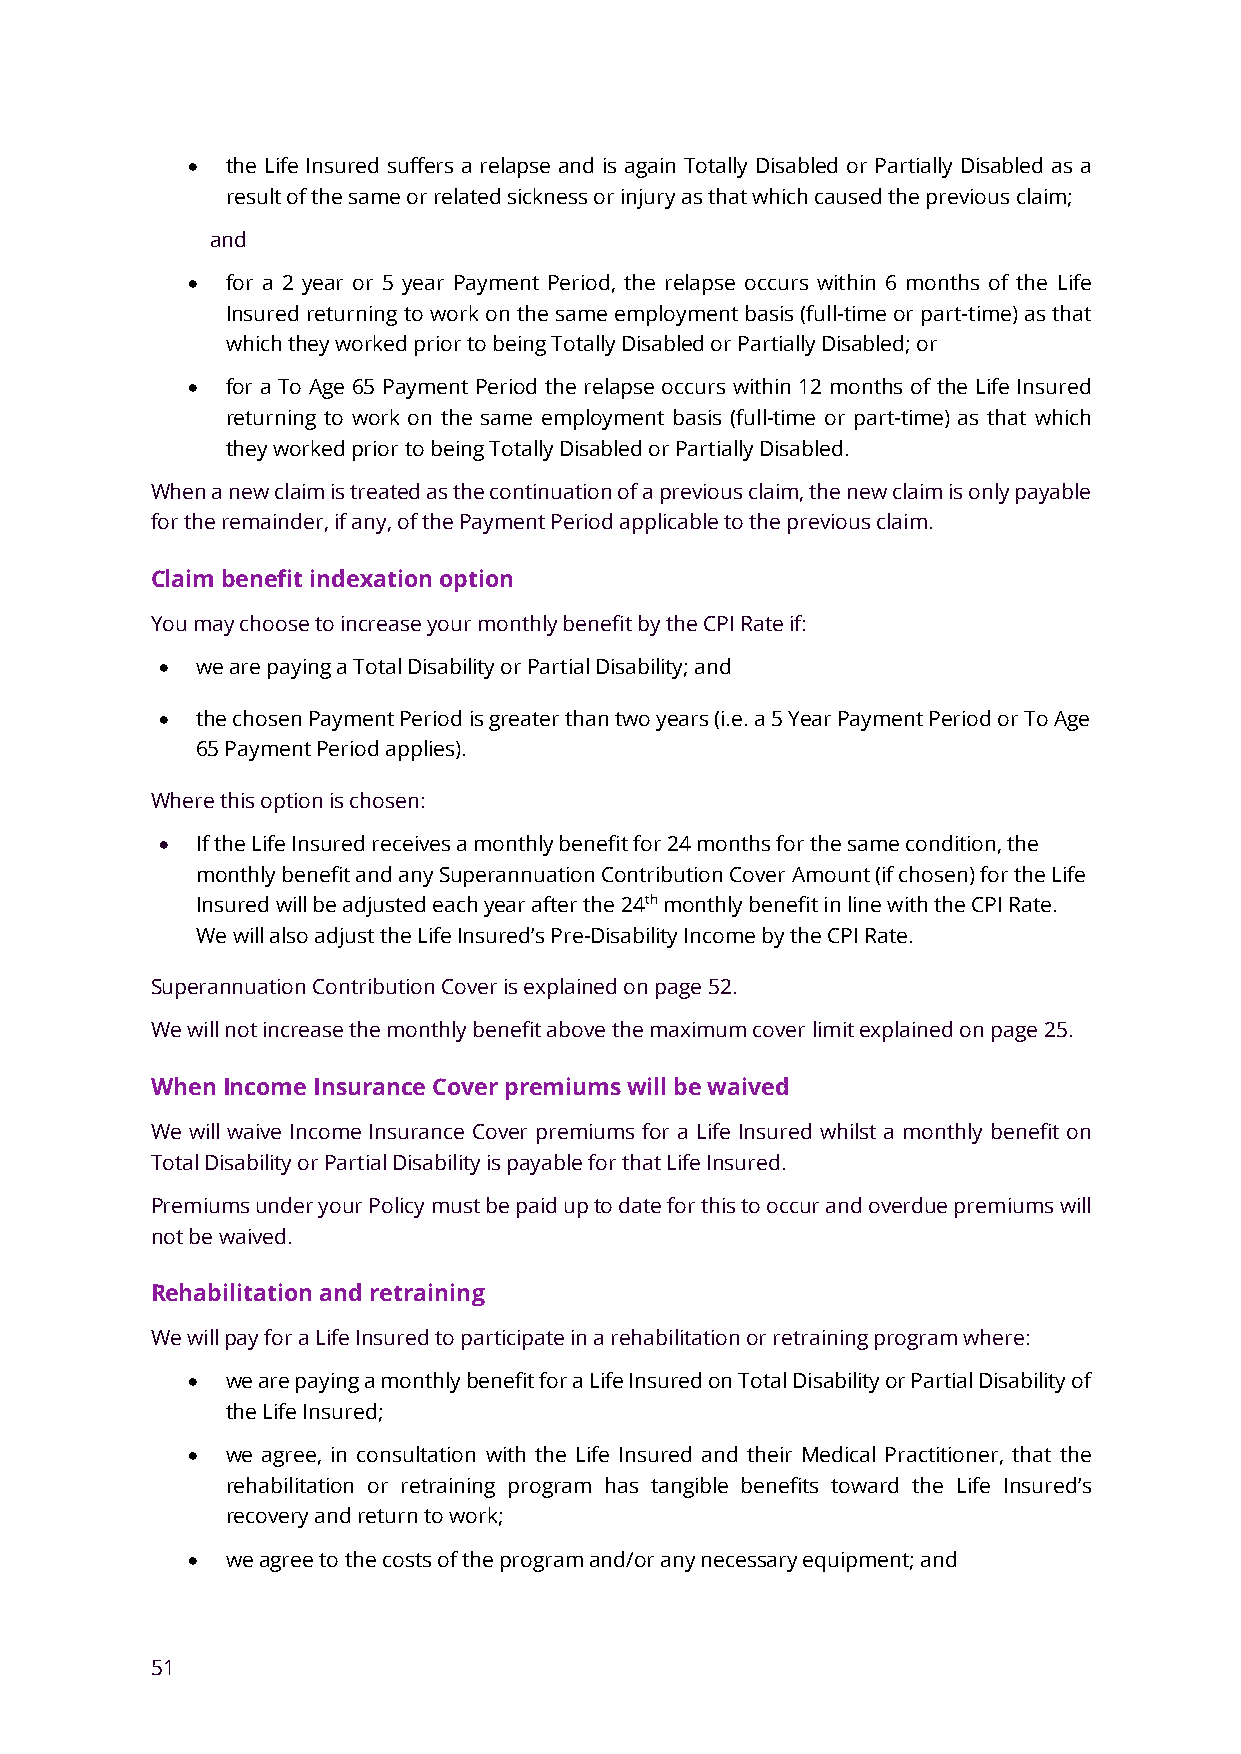
•  the Life Insured suffers a relapse and is again Totally Disabled or Partially Disabled as a
 result of the same or related sickness or injury as that which caused the previous claim;
 and
 •  for a 2 year or 5 year Payment Period, the relapse occurs within 6 months of the Life
 Insured returning to work on the same employment basis (full-time or part-time) as that
 which they worked prior to being Totally Disabled or Partially Disabled; or
 •  for a To Age 65 Payment Period the relapse occurs within 12 months of the Life Insured
 returning to work on the same employment basis (full-time or part-time) as that which
 they worked prior to being Totally Disabled or Partially Disabled.
 When a new claim is treated as the continuation of a previous claim, the new claim is only payable
 for the remainder, if any, of the Payment Period applicable to the previous claim.
 Claim benefit indexation option
 You may choose to increase your monthly benefit by the CPI Rate if:
 • we are paying a Total Disability or Partial Disability; and
 • the chosen Payment Period is greater than two years (i.e. a 5 Year Payment Period or To Age
 65 Payment Period applies).
 Where this option is chosen:
 • If the Life Insured receives a monthly benefit for 24 months for the same condition, the
 monthly benefit and any Superannuation Contribution Cover Amount (if chosen) for the Life
 Insured will be adjusted each year after the 24th monthly benefit in line with the CPI Rate.
 We will also adjust the Life Insured’s Pre-Disability Income by the CPI Rate.
 Superannuation Contribution Cover is explained on page 52.
 We will not increase the monthly benefit above the maximum cover limit explained on page 25.
 When Income Insurance Cover premiums will be waived
 We will waive Income Insurance Cover premiums for a Life Insured whilst a monthly benefit on
 Total Disability or Partial Disability is payable for that Life Insured.
 Premiums under your Policy must be paid up to date for this to occur and overdue premiums will
 not be waived.
 Rehabilitation and retraining
 We will pay for a Life Insured to participate in a rehabilitation or retraining program where:
 •  we are paying a monthly benefit for a Life Insured on Total Disability or Partial Disability of
 the Life Insured;
 •  we agree, in consultation with the Life Insured and their Medical Practitioner, that the
 rehabilitation or retraining program has tangible benefits toward the Life Insured’s
 recovery and return to work;
 •  we agree to the costs of the program and/or any necessary equipment; and
 51